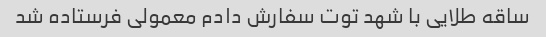
ساقه طلایی با شهد توت سفارش دادم معمولی فرستاده شد